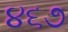
૪૬૭